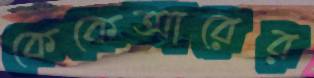
কেকেআরের